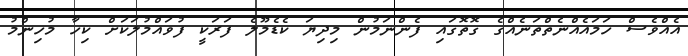
އެއްވެސް ހަމައެއްނެތްތަނެއްގެ ގޮތޮގައި ފެންނަމުން މިދިޔަ ކެޑެމޫލެ ފަރަކީ ފުވައްމުލަކަށް ކިހާ މުހިންމު